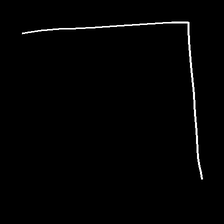
Glyph: region